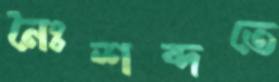
নৈঃশব্দতে